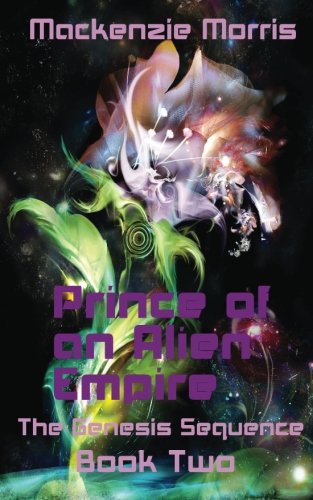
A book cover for Prince of an Alien Empire (The Genesis Sequence) (Volume 2); Mackenzie Morris; Science Fiction & Fantasy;